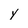
Character: y